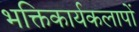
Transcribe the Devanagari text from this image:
भक्तिकार्यकलापों